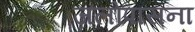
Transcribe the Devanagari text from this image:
जलोपासना